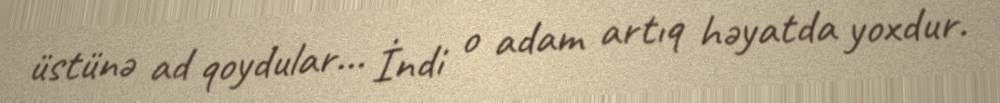
üstünə ad qoydular... İndi o adam artıq həyatda yoxdur.